38_143685_box_Incident_Summaries_173-233
Agency: Department of War
Page 51
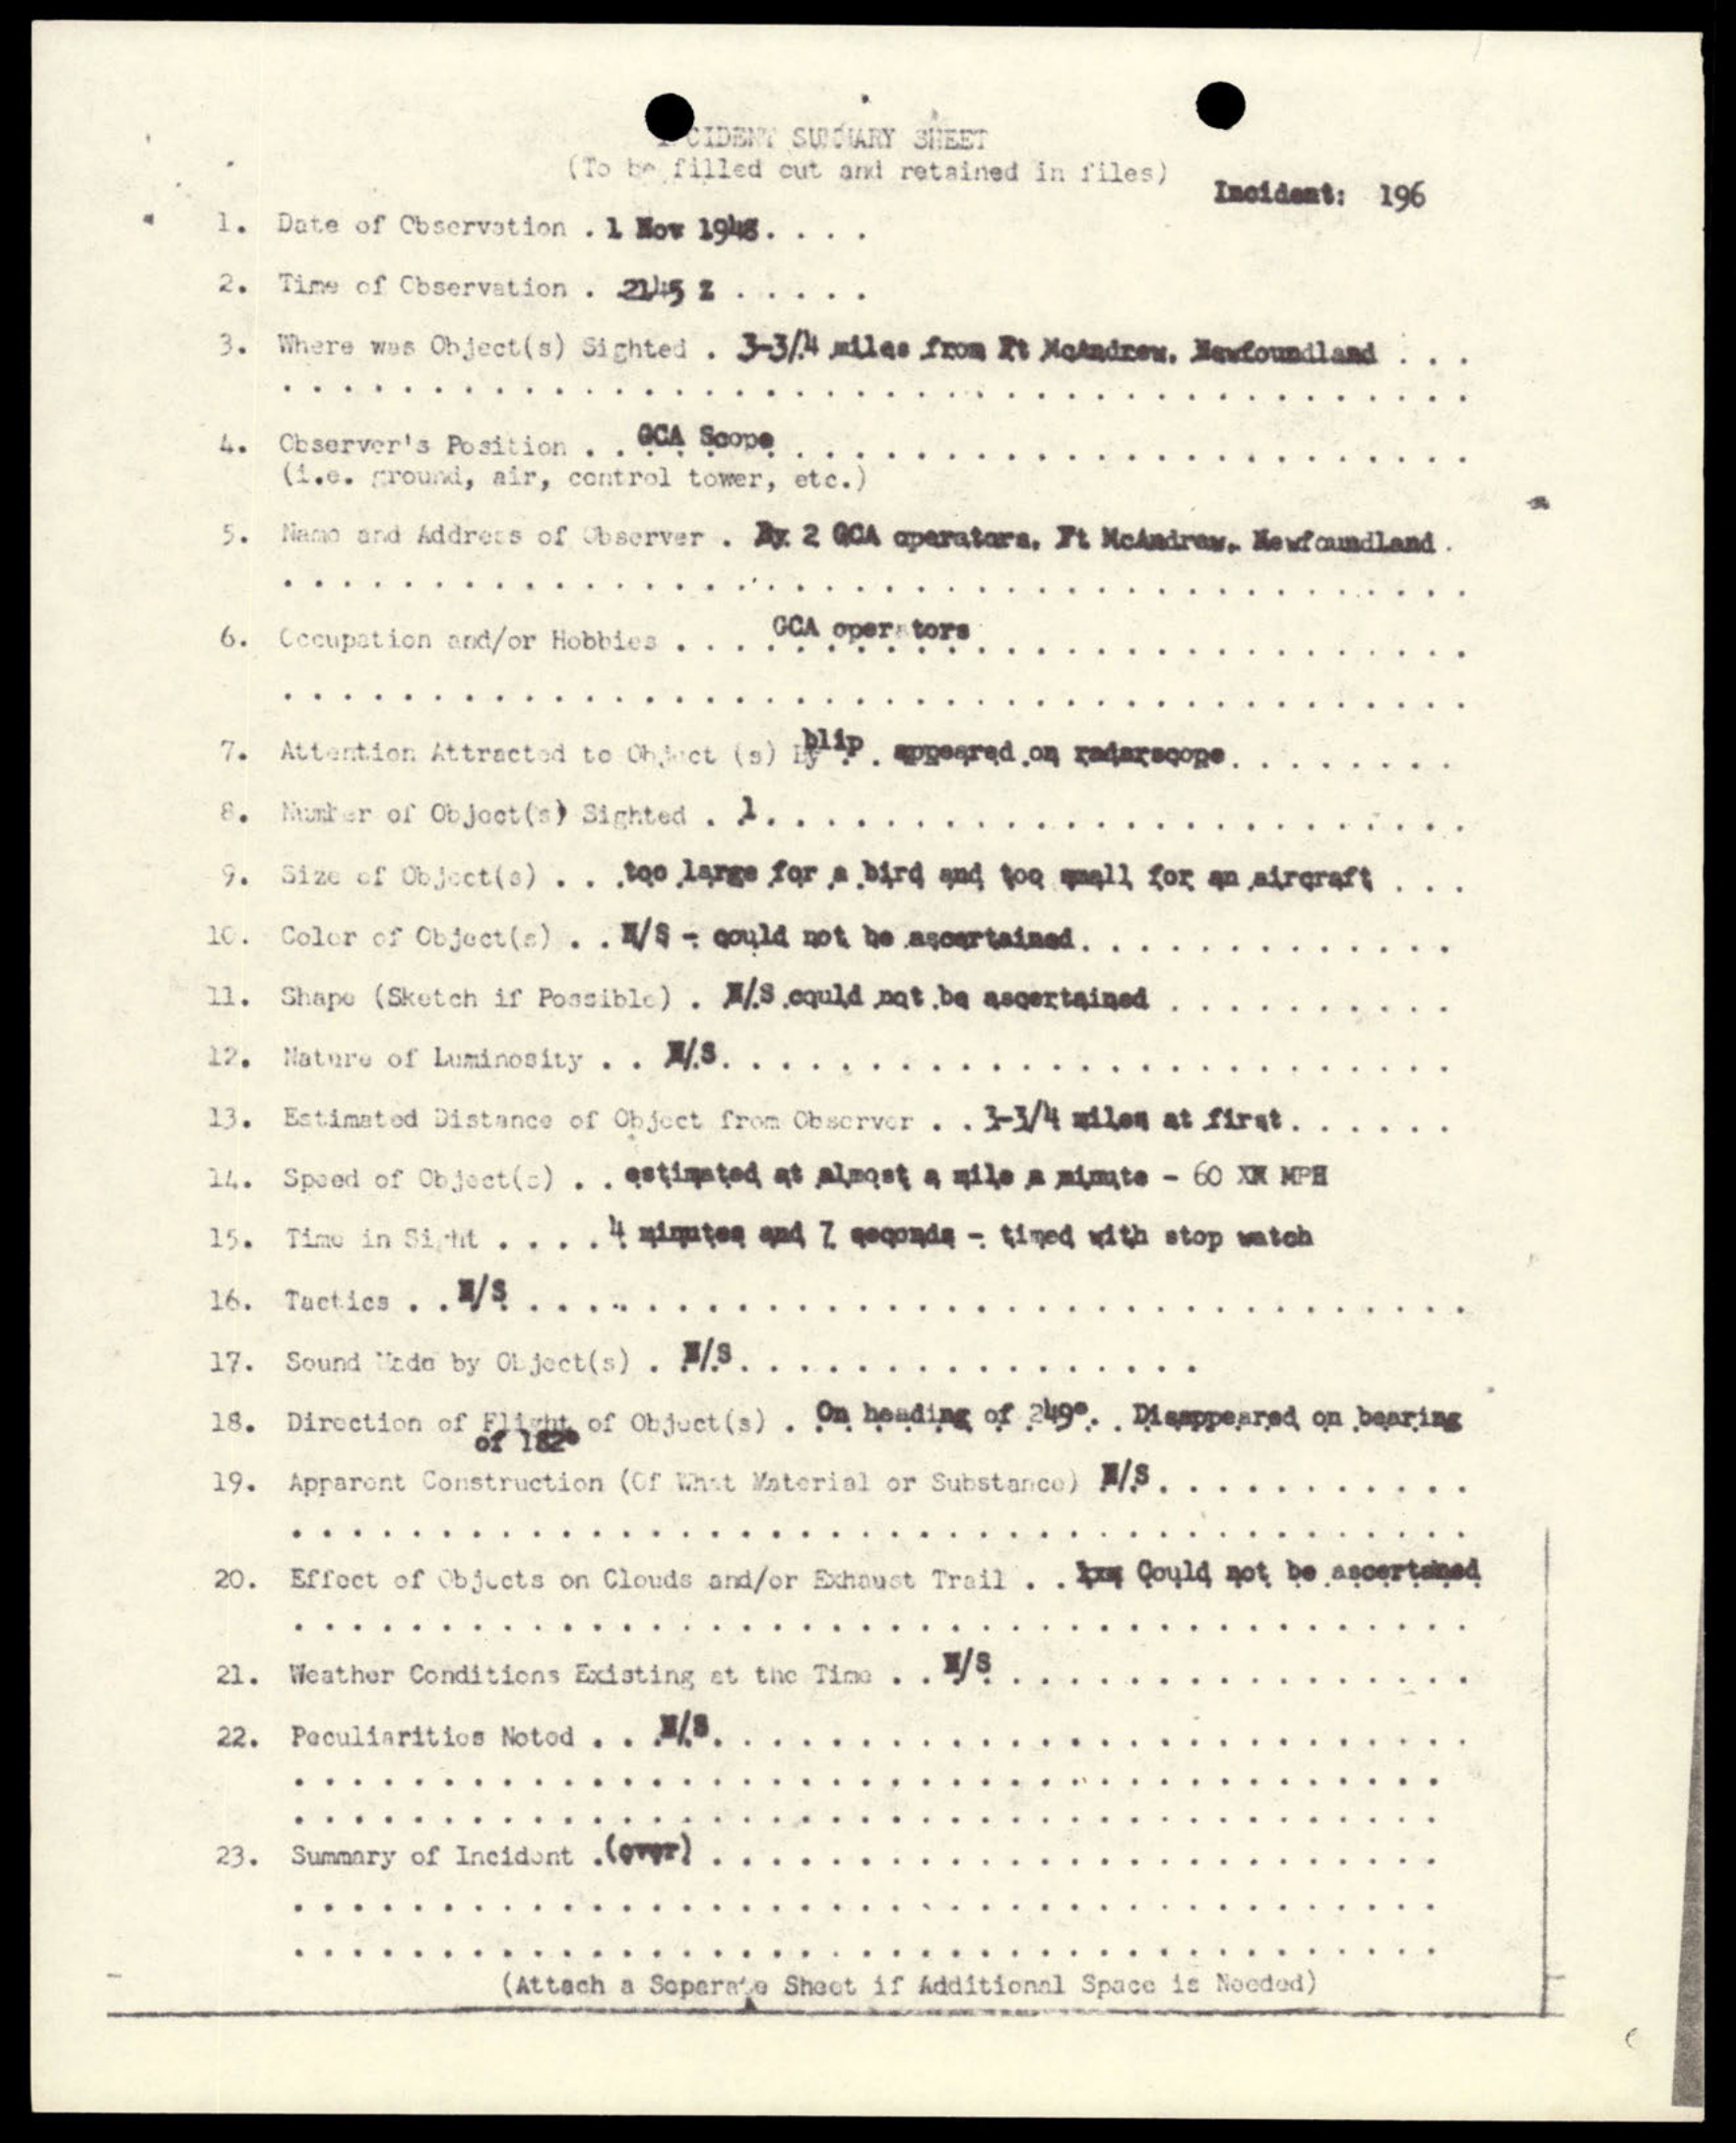